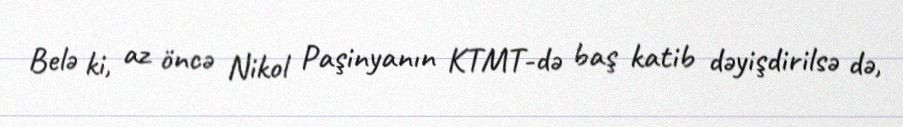
Belə ki, az öncə Nikol Paşinyanın KTMT-də baş katib dəyişdirilsə də,